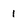
Character: 1